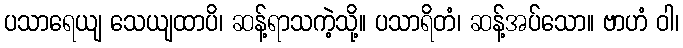
ပသာရေယျ သေယျထာပိ၊ ဆန့်ရာသကဲ့သို့။ ပသာရိတံ၊ ဆန့်အပ်သော။ ဗာဟံ ဝါ၊